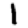
Digit: 1